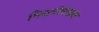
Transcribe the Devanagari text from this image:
निसर्गलेखक